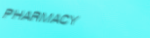
PHARMACY